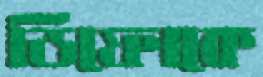
ডিফোকে